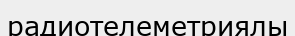
радиотелеметриялы